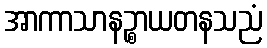
အာကာသာနဉ္စာယတနသညံ